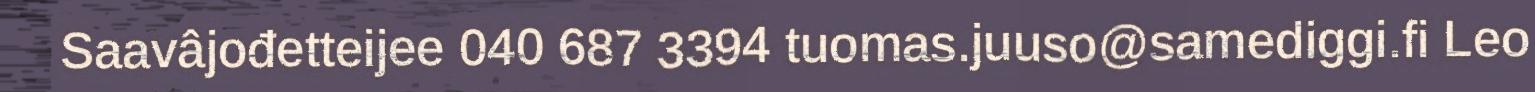
Saavâjođetteijee 040 687 3394 tuomas.juuso@samediggi.fi Leo